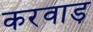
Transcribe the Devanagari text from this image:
करवाड़